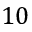
1 0